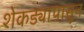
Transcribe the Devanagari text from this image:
शेकड्यापासून